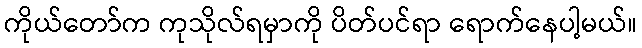
ကိုယ်တော်က ကုသိုလ်ရမှာကို ပိတ်ပင်ရာ ရောက်နေပါ့မယ်။